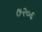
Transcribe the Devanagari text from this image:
७२०६